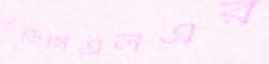
ইডিসিএলএর